Veski_algkool, lk 27
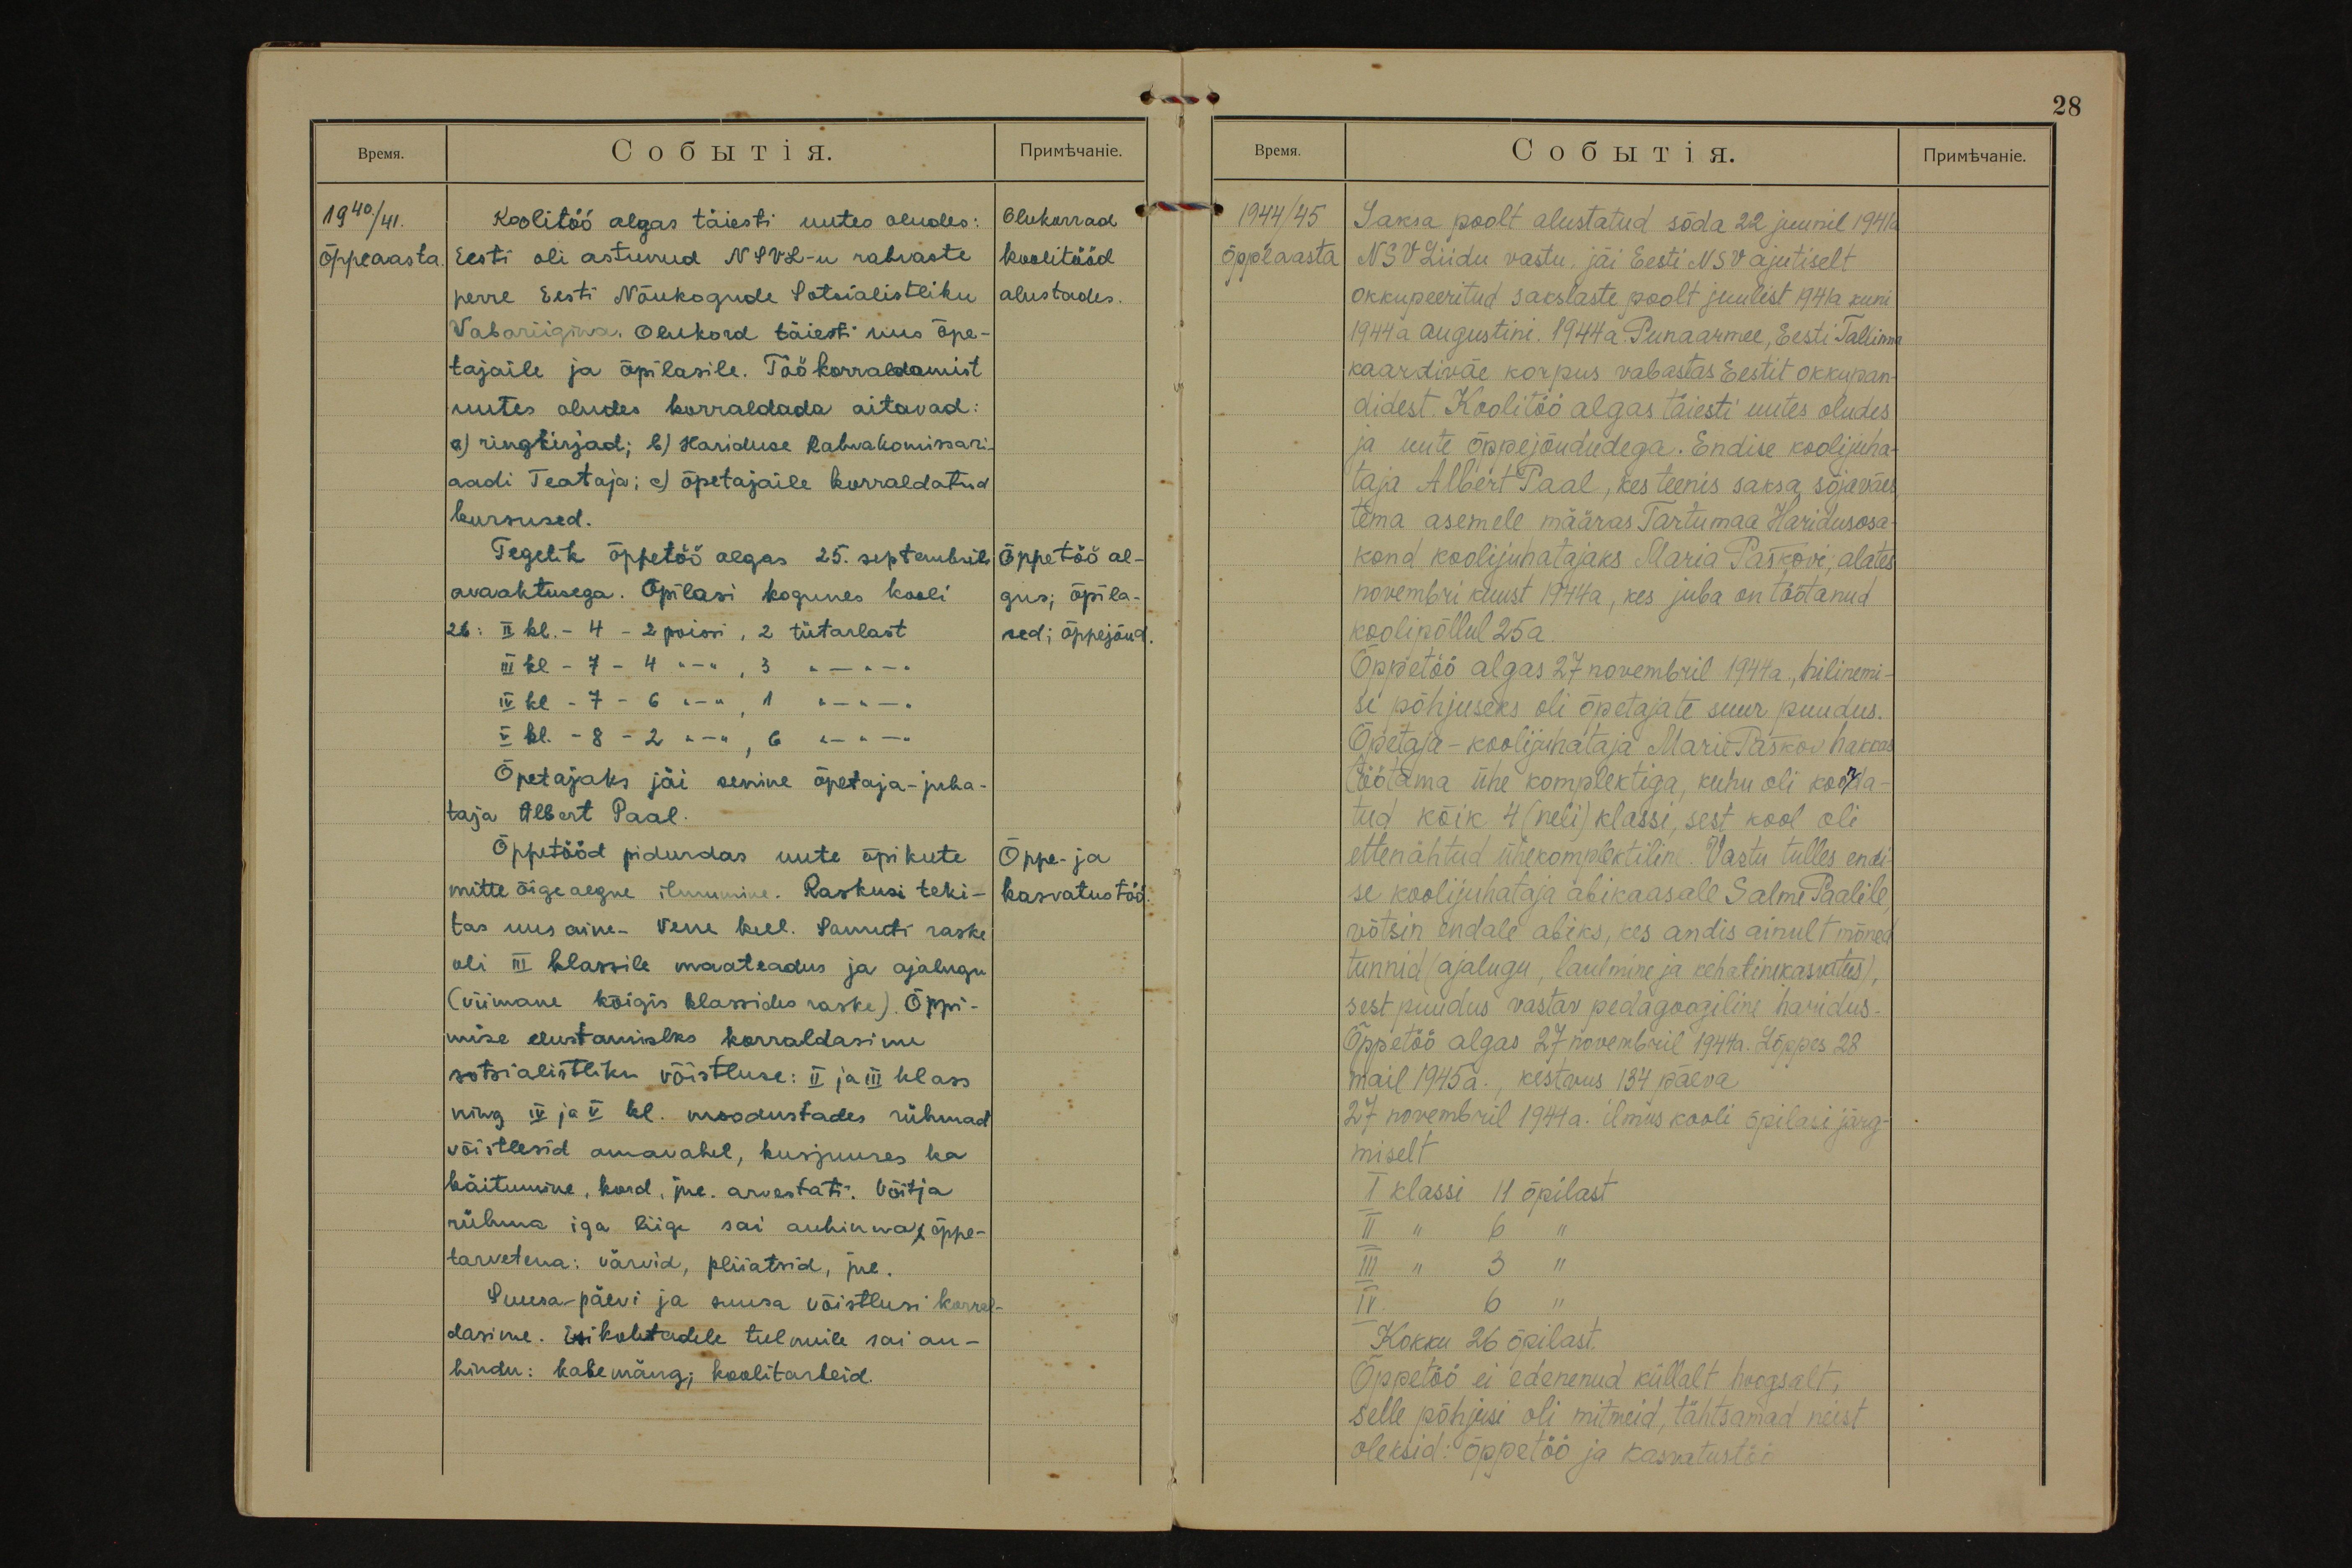
28

1940./41.
õppeaasta.
Olukorrad
koolitööd
alustades.
Koolitöö algas täiesti uutes oludes:
Eesti oli astunud NSVL-u rahvaste
perre Eesti Nõukogude Sotsialistliku
Vabariigina. Olukord täiesti uus õpe-
tajaile ja õpilasile. Töö korraldamist
uutes oludes korraldada aitavad:
a) ringkirjad; b) Hariduse Rahvakomissari-
aadi Teataja; c) õpetajaile korraldatud
kursused.
Õppetöö al-
gus; õpila-
sed; õppejõud.
Tegelik õppetöö algas 25. septembril
avaaktusega. Õpilasi kogunes kooli
26: II kl. - 4 - 2 poisi, 2 tütarlast
III kl - 7 - 4 ,, - ,, , 3 ,, - ,, - ,,
IV kl - 7 - 6 ,, - ,, , 1 ,, - ,, - ,,
V kl. - 8 - 2 ,, - ,, , 6 ,, - ,, - ,,
Õpetajaks jäi senine õpetaja-juha-
taja Albert Paal.
Õppe- ja
kasvatustöö.
Õppetööd pidurdas uute õpikute
mitte õigeaegne ilmumine. Raskusi teki-
tas uus aine - Vene keel. Samuti raske
oli III klassile maateadus ja ajalugu
(viimane kõigis klassides raske). Õppi-
mise elustamiseks korraldasime
sotsialistliku võistluse: II ja III klass
ning IV ja V kl. moodustades rühmad
võistlesid omavahel, kusjuures ka
käitumine, kord, jne arvestati. Võitja
rühma iga liige sai auhinna õppe-
tarvetena: värvid, pliiatsid, jne.
Suusapäevi ja suusa võistlusi korral-
dasime. Esikohtadele tulnuile sai au-
hindu: kabemäng; koolitarbeid.

1944/45
õppeaasta
Saksa poolt alustatud sõda 22 juunil 1941a
NSVLiidu vastu, jäi Eesti NSV ajutiselt
okkupeeritud sakslaste poolt juulist 1941a kuni
1944 a augustini. 1944a. Punaarmee, Eesti Tallinna
kaardiväe korpus vabastas Eestit okkupan-
didest. Koolitöö algas täiesti uutes oludes
ja uute õppejõududega. Endise koolijuha-
taja Albert Paal, kes teenis saksa sõjaväes,
tema asemele määras Tartumaa Haridusosa-
kond koolijuhatajaks Maria Paškovi; alates
novembri kuust 1944a, kes juba on töötanud
koolipõllul 25a.
Õppetöö algas 27 novembril 1944a., hilinemi-
se põhjuseks oli õpetajate suur puudus.
Õpetaja - koolijuhataja Marie Paškov hakkas
töötama ühe komplektiga, kuhu oli koonda-
tud kõik 4 (neli) klassi, sest kool oli
ettenähtud ühekomplektiline. Vastu tulles endi-
se koolijuhataja abikaasale Salme Paalile,
võtsin endale abiks, kes andis ainult mõned
tunnid (ajalugu, laulmine ja kehalinekasvatus),
sest puudus vastav pedagoogiline haridus.
Õppetöö algas 27 novembril 1944a. Lõppes 28
mail 1945a., kestvus 134 päeva
27 novembril 1944a. ilmus kooli õpilasi järg-
miselt
I klassi 11 õpilast
II ,, 6 ,,
III " 3 "
IV.  6 "
Kokku 26 õpilast.
Õppetöö ei edenenud küllalt hoogsalt,
selle põhjusi oli mitmeid, tähtsamad neist
oleksid: õppetöö ja kasvatustöö